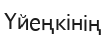
Үйеңкінің